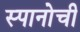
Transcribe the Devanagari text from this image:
स्पानोची